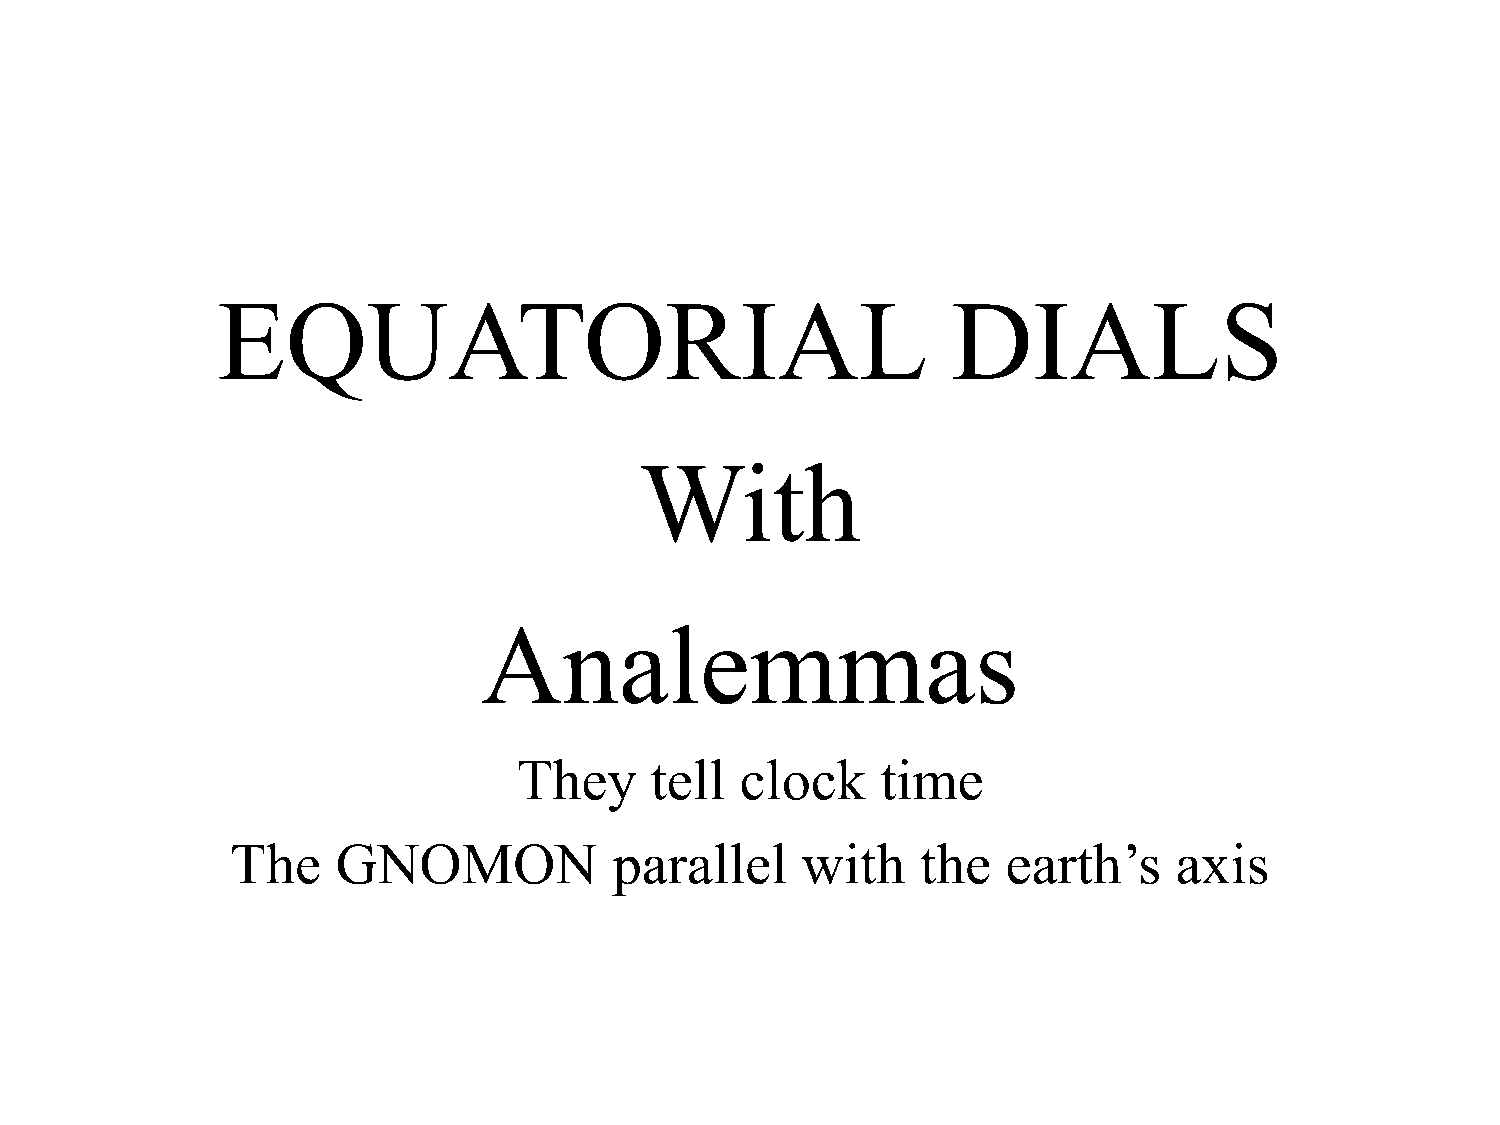
EQUATORIAL                                       DIALS
 With
 Analemmas
 They     tell  clock    time
 The    GNOMON             parallel    with    the   earth’s    axis